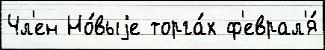
Чл'ен Но́выjе торга́х ф'еврал'я́